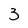
Character: 3